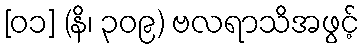
[၀၁] (နိ၊ ၃၀၉) ဗလရာသိအဖွင့်